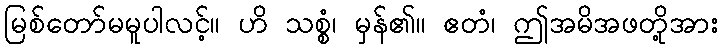
မြစ်တော်မမူပါလင့်။ ဟိ သစ္စံ၊ မှန်၏။ ဧတံ၊ ဤအမိအဖတို့အား